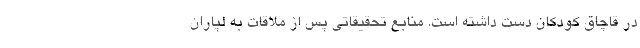
در قاچاق کودکان دست داشته است. منابع تحقیقاتی پس از ملاقات به لپاران